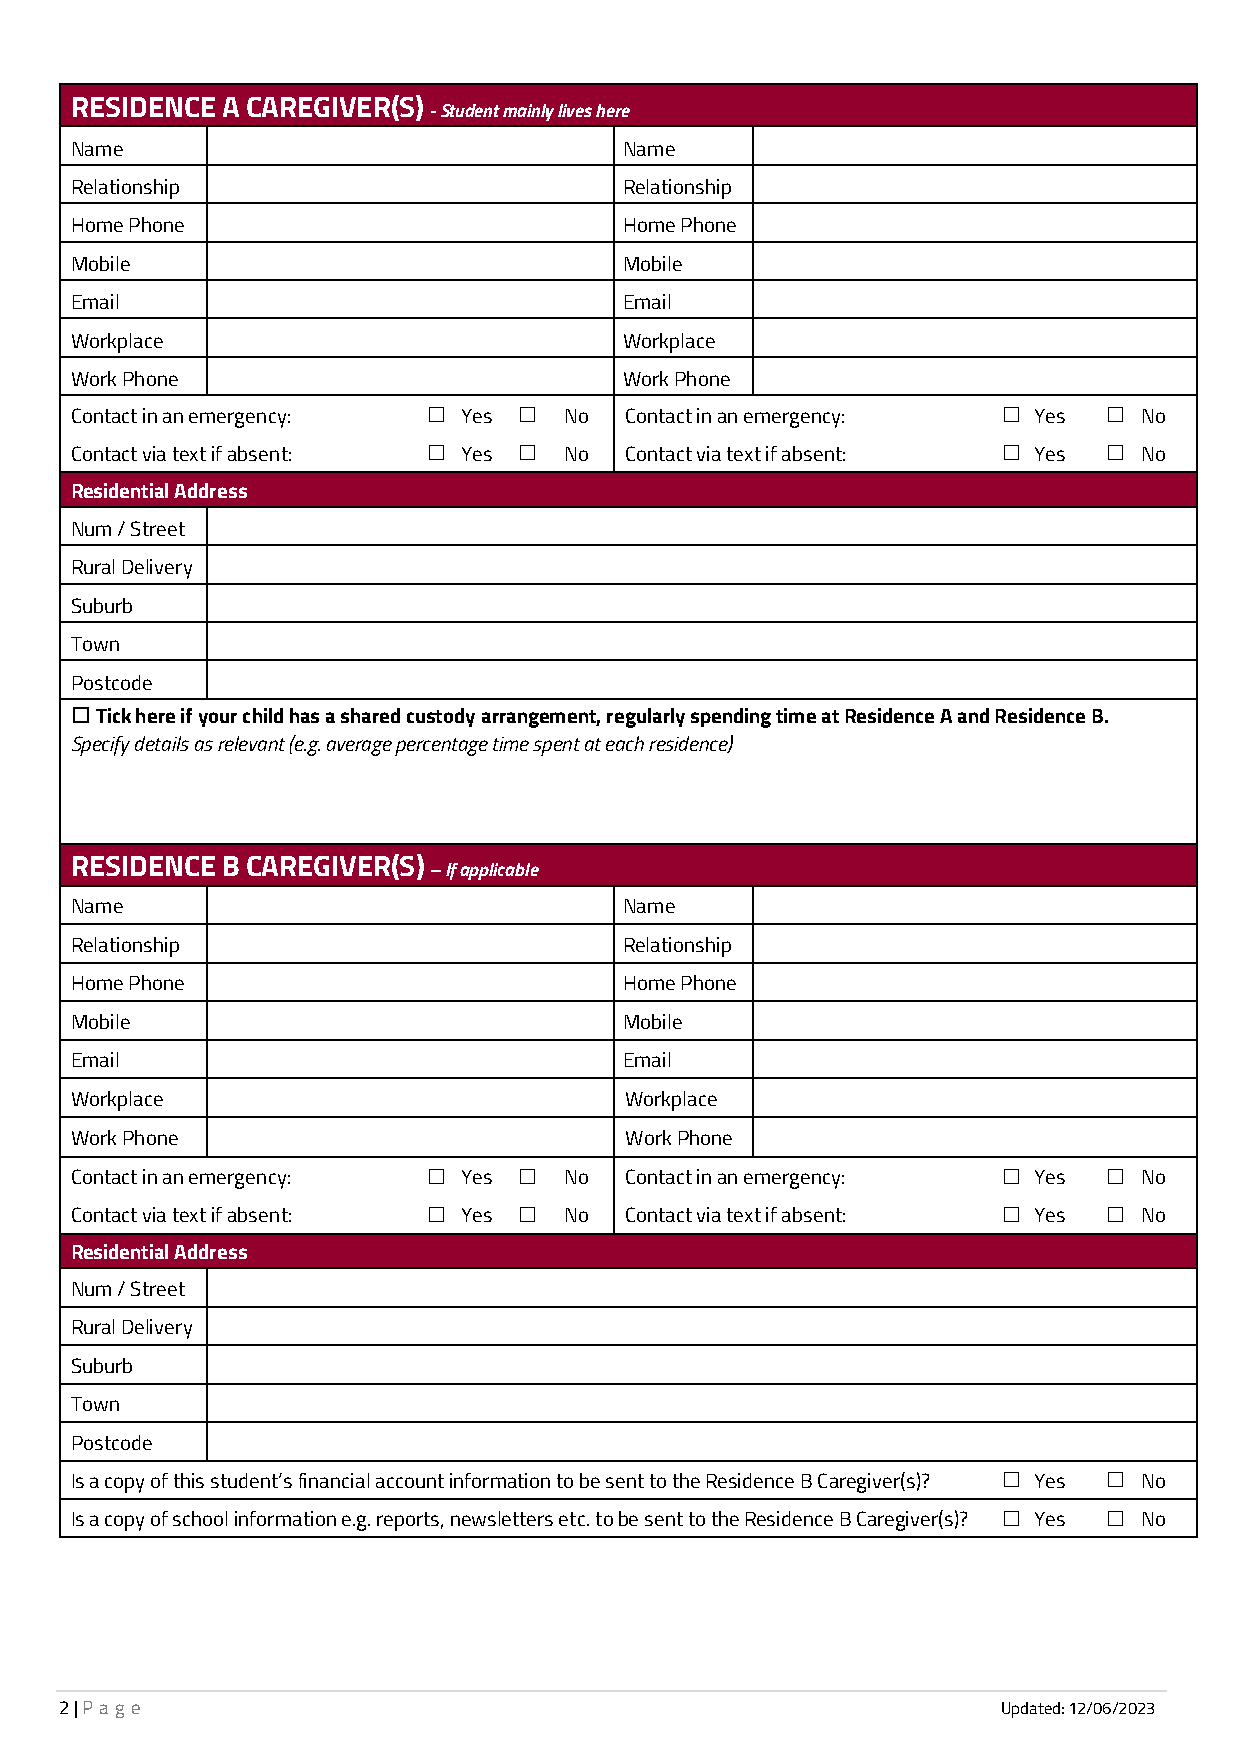
RESIDENCE A CAREGIVER(S)
 - Student mainly lives here
 Name                                Name
 Relationship                        Relationship
 Home Phone                          Home Phone
 Mobile                              Mobile
 Email                               Email
 Workplace                           Workplace
 Work Phone                          Work Phone
 ☐     ☐                               ☐      ☐
 Contact in an emergency:  Yes   No  Contact in an emergency:   Yes    No
 ☐     ☐                               ☐      ☐
 Contact via text if absent: Yes No  Contact via text if absent: Yes   No
 Residential Address
 Num / Street
 Rural Delivery
 Suburb
 Town
 Postcode
 ☐Tick here if your child has a shared custody arrangement, regularly spending time at Residence A and Residence B.
 Specify details as relevant (e.g. average percentage time spent at each residence)
 RESIDENCE B CAREGIVER(S)
 – If applicable
 Name                                Name
 Relationship                        Relationship
 Home Phone                          Home Phone
 Mobile                              Mobile
 Email                               Email
 Workplace                           Workplace
 Work Phone                          Work Phone
 ☐     ☐                               ☐      ☐
 Contact in an emergency:  Yes   No  Contact in an emergency:   Yes    No
 ☐     ☐                               ☐      ☐
 Contact via text if absent: Yes No  Contact via text if absent: Yes   No
 Residential Address
 Num / Street
 Rural Delivery
 Suburb
 Town
 Postcode
 ☐      ☐
 Is a copy of this student’s financial account information to be sent to the Residence B Caregiver(s)? Yes No
 ☐      ☐
 Is a copy of school information e.g. reports, newsletters etc. to be sent to the Residence B Caregiver(s)? Yes No
 2 | Pa g e                                                    Updated: 12/06/2023